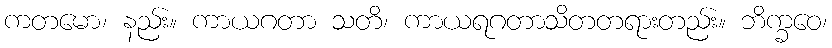
ကတမော၊ နည်း။ ကာယဂတာ သတိ၊ ကာယရဂတာသိတတရားတည်း။ ဘိက္ခဝေ၊